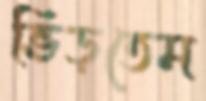
ভিড়তেম